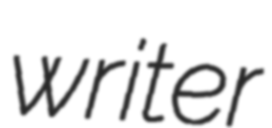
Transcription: writer